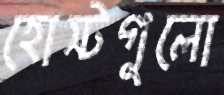
হোস্টগুলো